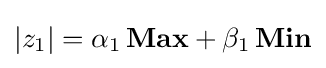
|z_{1}|=\alpha _{1}\,\mathbf {Max} +\beta _{1}\,\mathbf {Min}